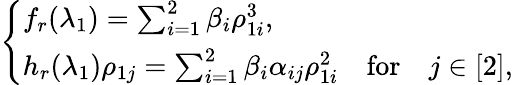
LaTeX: \begin{array}{r}{\left\{ \begin{array}{ll}{f_{r}(\lambda_{1})=\sum_{i=1}^{2}\beta_{i}\rho_{1i}^{3},}\\ {h_{r}(\lambda_{1})\rho_{1j}=\sum_{i=1}^{2}\beta_{i}\alpha_{ij}\rho_{1i}^{2}\quad\mathrm{for}\quad j\in[2],}\end{array}\right.}\end{array}